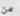
من